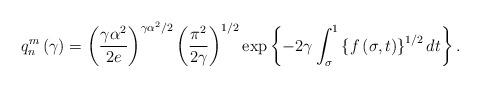
LaTeX: \begin{align*}q_{n}^{m}\left( \gamma\right) =\left( {\frac{\gamma\alpha^{2}}{2e}}\right)^{\gamma\alpha^{2}/2}\left( {\frac{\pi^{2}}{2\gamma}}\right) ^{1/2}\exp\left\{ {-2\gamma\int_{\sigma}^{1}{\left\{ {f\left( {\sigma,t}\right)}\right\} ^{1/2}dt}}\right\} . \end{align*}